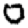
Digit: 0